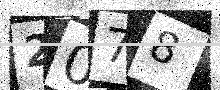
Text: 2078